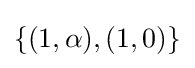
\textstyle \{(1,\alpha ),(1,0)\}